Statistics compiled by the Government of India from the reports of provincial Civil Veterinary Departments
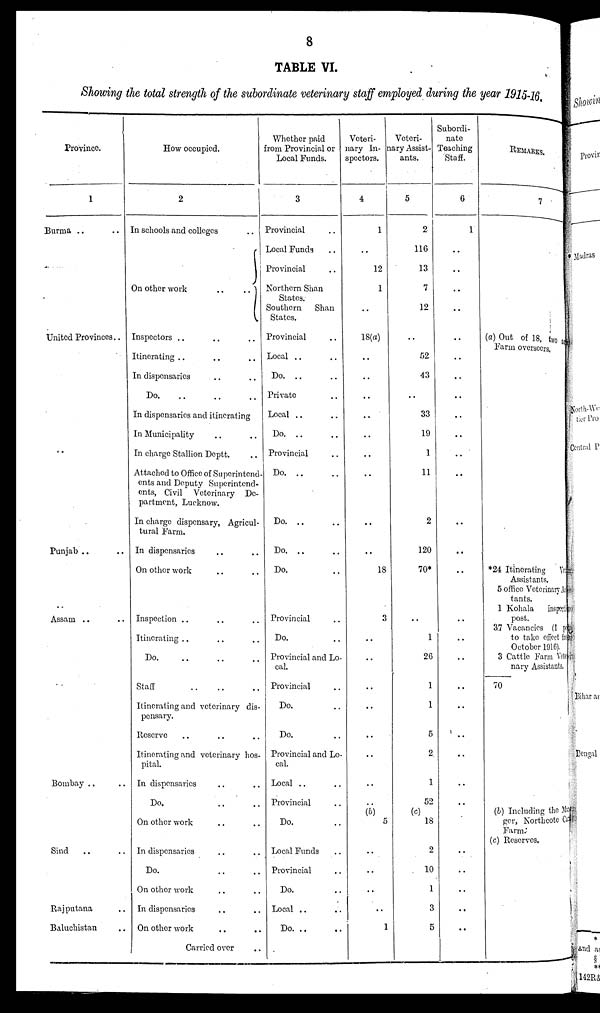
8
TABLE VI.
Showing the total strength of the subordinate veterinary staff employed during the year 1915-16.
Province.
1
Burma .. ..
United Provinces ..
Punjab .. ....
Assam .. ..
Bombay .. ..
Sind .. ..
Rajputana ..
Baluchistan ..
How occupied.
2
In schools and colleges ..
On other work
..
..
Inspectors .. .. ..
Itinerating .. .. ..
In dispensaries .. ..
Do. .. .. ..
In dispensaries and itinerating
In Municipality .. ..
In charge Stallion Deptt. ..
Attached to Office of Superintend-
ents and Deputy Superintend-
ents, Civil Veterinary De-
partment, Lucknow.
In charge dispensary, Agricul-
tural Farm.
In dispensaries .. ..
On other work .. ..
Inspection .. .. ..
Itinerating .. .. ..
Do.
..
..
..
Staff .. .. ..
Itinerating and veterinary dis-
pensary.
Reserve .. .. ..
Itinerating and veterinary hos-
pital.
In dispensaries .. ..
Do. .. ..
On other work .. ..
In dispensaries .. ..
Do. .. ..
On other work .. ..
In dispensaries .. ..
On other work
..
..
Carried over ..
Whether paid
from Provincial or
Local Funds.
3
Provincial ..
Local Funds ..
Provincial ..
Northern Shan
States.
Southern
Shan
States.
Provincial ..
Local .. ..
Do.
..
..
Private ..
Local .. ..
Do. .. ..
Provincial ..
Do.
..
..
Do.
..
..
Do.
..
..
Do. .. ..
Provincial ..
Do. ..
Provincial and Lo-
cal.
Provincial ..
Do. ..
Do. ..
Provincial and Lo-
cal.
Local .. ..
Provincial ..
Do. ..
Local Funds ..
Provincial ..
Do. ..
Local .. ..
Do. .. ..
Veteri-
nary In-
spectors.
4
1
..
12
1
..
18(a)
..
..
..
..
..
..
..
..
..
18
3
..
..
..
..
..
..
..
..
(b)
5
..
..
..
..
1
Veteri-
rary Assist-
ants.
5
2
116
13
7
12
..
52
43
..
33
19
1
11
2
120
70*
..
1
26
1
1
5
2
1
52
(c)
18
2
10
1
3
5
Subordi-
nate
Teaching
Staff.
6
1
..
..
..
..
..
..
..
..
..
..
..
..
..
..
..
..
..
..
..
..
..
..
..
..
..
..
..
..
..
REMARKS.
7
(a) Out of 18, two and
Farm overseers,
*24 Itinerating Ver
Assistants.
5 office Veterinary As
tants.
1 Kohala inspecti
post.
3.7 Vacancies (1 po
to take effect fro.
October 1916).
3 Cattle Farm Vet e
nary Assistants,
70
(b) Including the Ma
ger, Northcote Ca
Farm.
(c) Reserves.